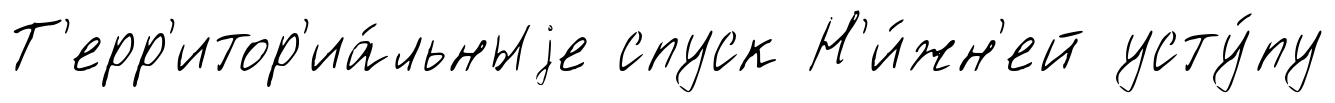
Т'ерр'итор'иа́льныjе спуск Н'и́жн'ей усту́пу